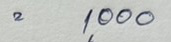
= 1,000